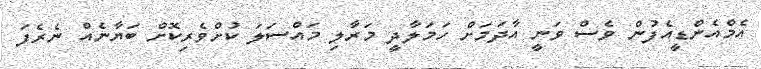
އެމްއެންޑީއެފުން ވެސް ވަނީ އާދަމަށް ހަމަލާދީ މަރާލި މައްސަލަ ކުށްވެރިކޮށް ބަޔާނެއް ނެރެފަ